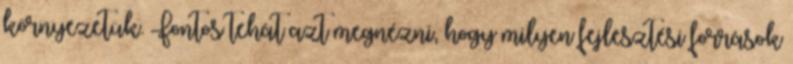
környezetük. Fontos tehát azt megnézni, hogy milyen fejlesztési források